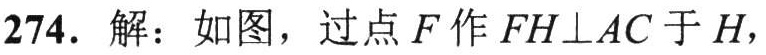
\(274.\ 解：如图，过点\ F\ 作\ FH\perp AC\ 于\ H,\)